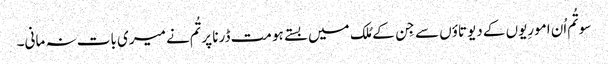
سو تُم اُن امورِیوں کے دیوتاؤں سے جِن کے مُلک میں بستے ہو مت ڈرنا پر تُم نے میری بات نہ مانی۔